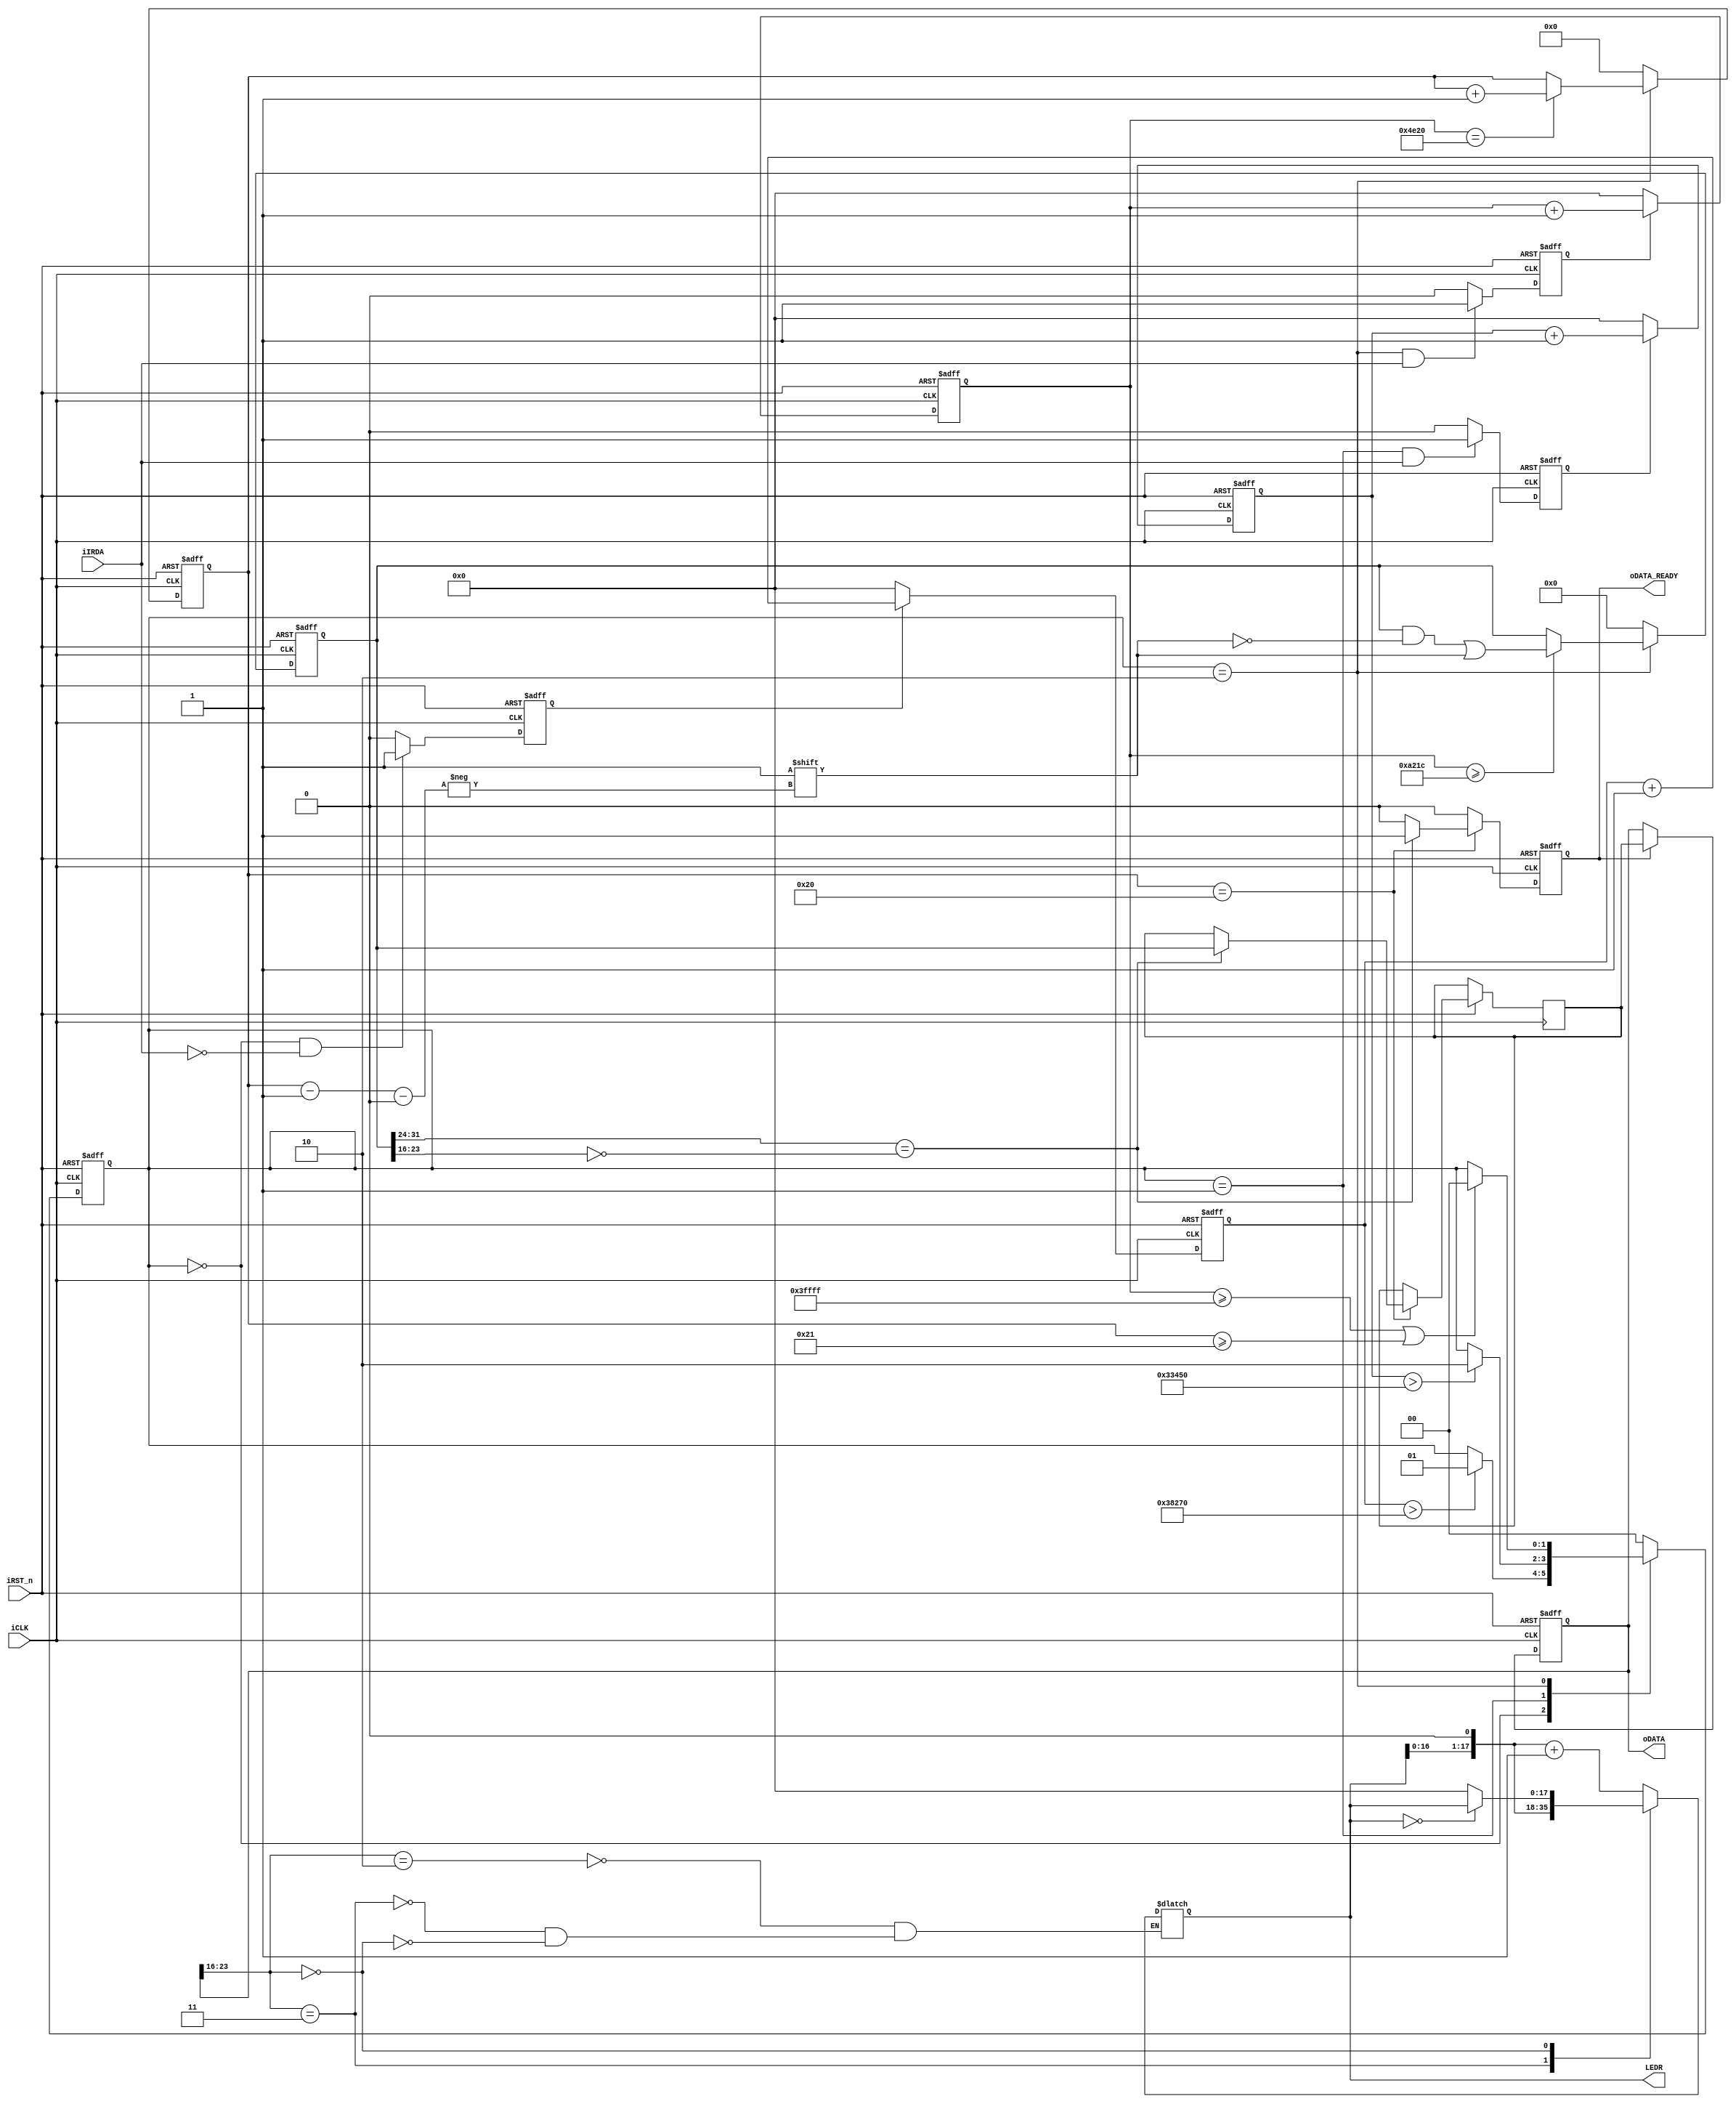
module IR_RECEIVE(iCLK,iRST_n,iIRDA,oDATA_READY,oDATA, LEDR);
					
input iCLK;        //input clk,50MHz
input iRST_n;      //rst
input iIRDA;       //Irda RX output decoded data

output oDATA_READY; //data ready
output reg [17:0] LEDR;
output reg [31:0] oDATA; //output data,32bit 	
				
parameter IDLE = 2'b00;   //State Machine 
parameter GUIDANCE = 2'b01;    
parameter DATAREAD = 2'b10;    


parameter IDLE_DUR = 230000;  // idle_count    230000*0.02us = 4.60ms, threshold for IDLE--------->GUIDANCE
parameter GUIDANCE_DUR = 210000;  // guidance_count   210000*0.02us = 4.20ms, 4.5-4.2 = 0.3ms < BIT_AVAILABLE_DUR = 0.4ms,threshold for GUIDANCE------->DATAREAD
parameter DATAREAD_DUR = 262143;  // data_count    262143*0.02us = 5.24ms, threshold for DATAREAD-----> IDLE

parameter DATA_HIGH_DUR = 41500;	 // data_count    41500 *0.02us = 0.83ms, sample time from the posedge of iIRDA
parameter BIT_AVAILABLE_DUR = 20000;   // data_count    20000 *0.02us = 0.4ms,  the sample bit pointer,can inhibit the interference from iIRDA signal

reg [17:0] idle_count;           
reg idle_count_flag;       
reg [17:0] guidance_count;           
reg guidance_count_flag;      
reg [17:0] data_count;            
reg data_count_flag;    
  
reg [5:0] bitcount; //sample bit pointer
reg [1:0] state;   //state reg
reg [31:0] data;   //data reg
reg [31:0] data_buf; //data buf
reg data_ready; //data ready flag

reg [17:0] storage;

assign oDATA_READY = data_ready;

//state change between IDLE,GUIDE,DATA_READ according to irda edge or counter
always @(posedge iCLK or negedge iRST_n)
begin 
	  if (!iRST_n)	     
	     state <= IDLE;
	  else 
			 case (state)
 			    IDLE     : if (idle_count > IDLE_DUR)  
			  	              state <= GUIDANCE; 
			    GUIDANCE : if (guidance_count > GUIDANCE_DUR)
			  	              state <= DATAREAD;
			    DATAREAD : if ((data_count >= DATAREAD_DUR) || (bitcount >= 33))
			  					      state <= IDLE;
	        default  : state <= IDLE; 
			 endcase
end
//idle counter switch when iIRDA is low under IDLE state
always @(posedge iCLK or negedge iRST_n)
begin	
	  if (!iRST_n)
		   idle_count_flag <= 1'b0;
	  else if ((state == IDLE) && !iIRDA)
			 idle_count_flag <= 1'b1;
		else                           
			 idle_count_flag <= 1'b0;		     		 	
 end  		  
//idle counter works on iclk under IDLE state only
always @(posedge iCLK or negedge iRST_n)
begin	
	  if (!iRST_n)
		   idle_count <= 0;
	  else if (idle_count_flag)    //the counter works when the flag is 1
			 idle_count <= idle_count + 1'b1;
		else  
			 idle_count <= 0;	         //the counter resets when the flag is 0		      		 	
end
   
//state counter switch when iIRDA is high under GUIDE state
always @(posedge iCLK or negedge iRST_n)	
begin
	  if (!iRST_n)
		   guidance_count_flag <= 1'b0;
	  else if ((state == GUIDANCE) && iIRDA)
			 guidance_count_flag <= 1'b1;
		else  
			 guidance_count_flag <= 1'b0;     		 	
end
//state counter works on iclk under GUIDE state only
always @(posedge iCLK or negedge iRST_n)	
begin
	  if (!iRST_n)
		   guidance_count <= 0;
	  else if (guidance_count_flag)    //the counter works when the flag is 1
			 guidance_count <= guidance_count + 1'b1;
		else  
			 guidance_count <= 0;	        //the counter resets when the flag is 0		      		 	
end
//data counter switch
always @(posedge iCLK or negedge iRST_n)
begin
	  if (!iRST_n) 
		   data_count_flag <= 0;	
	  else if ((state == DATAREAD) && iIRDA)
			 data_count_flag <= 1'b1;  
		else
			 data_count_flag <= 1'b0; 
end
//data read decode counter based on iCLK
always @(posedge iCLK or negedge iRST_n)	
begin
	  if (!iRST_n)
		   data_count <= 1'b0;
	  else if(data_count_flag)      //the counter works when the flag is 1
			 data_count <= data_count + 1'b1;
		else 
			 data_count <= 1'b0;        //the counter resets when the flag is 0
end
///////////////////////////////////////////////////////////////////////////////////////////////

//data reg pointer counter 
always @(posedge iCLK or negedge iRST_n)
begin
    if (!iRST_n)
       bitcount <= 6'b0;
	  else if (state == DATAREAD)
		begin
			if (data_count == BIT_AVAILABLE_DUR)
					bitcount <= bitcount + 1'b1; //add 1 when iIRDA posedge
		end   
	  else
	     bitcount <= 6'b0;
end	  
//data decode base on the value of data_count 	
always @(posedge iCLK or negedge iRST_n)
begin
	  if (!iRST_n)
	     data <= 0;
		else if (state == DATAREAD)
		begin
			 if (data_count >= DATA_HIGH_DUR) //2^15 = 32767*0.02us = 0.64us
			    data[bitcount-1'b1] <= 1'b1;  //>0.52ms  sample the bit 1
		end
		else
			 data <= 0;	
end		 
//set the data_ready flag 
always @(posedge iCLK or negedge iRST_n)
begin 
	  if (!iRST_n)
	     data_ready <= 1'b0;
    else if (bitcount == 32)   
		begin
			 if (data[31:24] == ~data[23:16])
			 begin		
					data_buf <= data;     //fetch the value to the databuf from the data reg
				  data_ready <= 1'b1;   //set the data ready flag
			 end	
			 else
				  data_ready <= 1'b0 ;  //data error
		end
		else
		   data_ready <= 1'b0 ;
end
//read data
always @(posedge iCLK or negedge iRST_n)
begin
	  if (!iRST_n)
		   oDATA <= 32'b0000;
	  else if (data_ready)
	     oDATA <= data_buf;  //output
end	  


always @(*) begin
	case (oDATA[23:16])
		2'h1E:begin // down
			LEDR <= {LEDR << 1} + 1;
		end
		2'h1B:begin // up_voiceValue
			LEDR <= LEDR << 1;
		end
		2'h1F:begin // down_voiceValue
			LEDR <= ~LEDR;
		end
		2'h0C:begin // mute
			storage = LEDR;
			LEDR = LEDR == 0 ? storage : 0;
		end
	endcase
end

endmodule